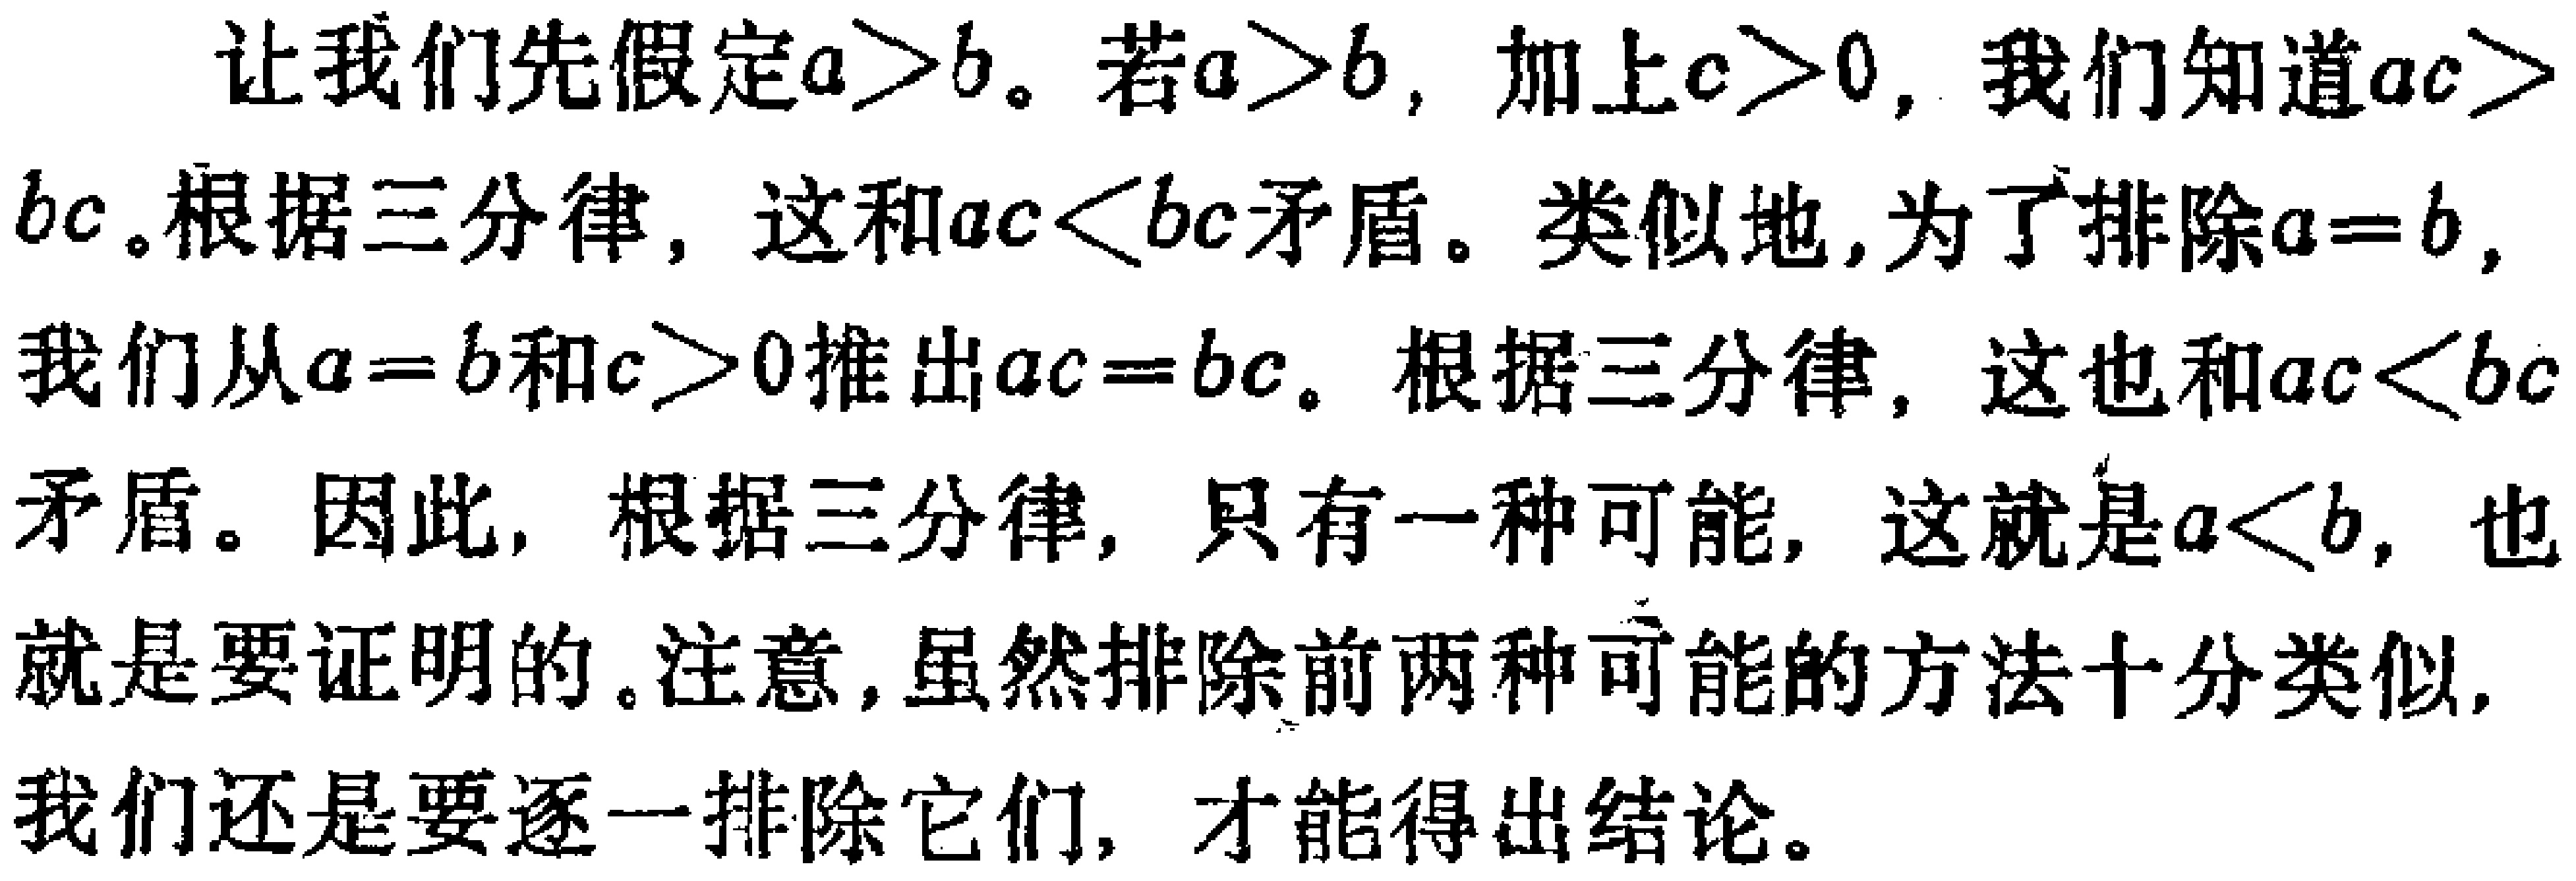
让我们先假定\(a > b\)。若\(a > b\)，加上\(c > 0\)，我们知道\(ac > bc\)。根据三分律，这和\(ac < bc\)矛盾。类似地，为了排除\(a = b\)，我们从\(a = b\)和\(c > 0\)推出\(ac = bc\)。根据三分律，这也和\(ac < bc\)矛盾。因此，根据三分律，只有一种可能，这就是\(a < b\)，也就是要证明的。注意，虽然排除前两种可能的方法十分类似，我们还是要逐一排除它们，才能得出结论。